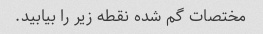
مختصات گم شده نقطه زیر را بیابید.